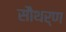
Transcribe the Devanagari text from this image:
सौथर्ण